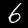
Digit: 6